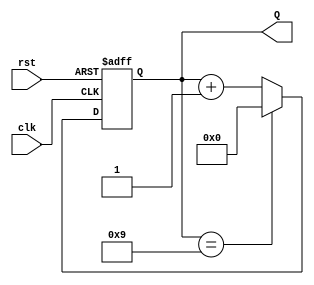
module decade_counter (
    input wire clk,          // Clock signal
    input wire rst,          // Asynchronous reset signal
    output reg [3:0] Q       // 4-bit counter output
);

// Always block triggered on the rising edge of the clock or asynchronous reset
always @(posedge clk or posedge rst) begin
    if (rst) begin
        Q <= 4'b0000;        // Reset the counter to 0
    end else begin
        if (Q == 4'b1001) begin
            Q <= 4'b0000;    // Reset to 0 after reaching 9
        end else begin
            Q <= Q + 1;      // Increment the counter
        end
    end
end

endmodule